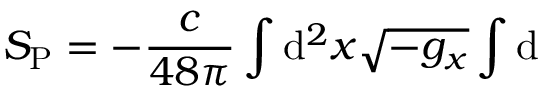
S _ { \mathrm { P } } = - { \frac { c } { 4 8 \pi } } \int \mathrm { d } ^ { 2 } x \sqrt { - g _ { x } } \int \mathrm { d }